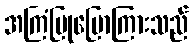
အကြံပြုပြောကြားသည်